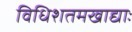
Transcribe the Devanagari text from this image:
विधिशतमखाद्याः